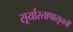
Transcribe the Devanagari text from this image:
सूर्यास्तापासूनची